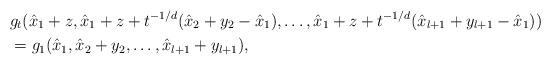
LaTeX: \begin{align*}& g_t(\hat{x}_1+z,\hat{x}_1+z+t^{-1/d}(\hat{x}_2+y_2-\hat{x}_1),\hdots,\hat{x}_1+z+t^{-1/d}(\hat{x}_{l+1}+y_{l+1}-\hat{x}_1))\\& =g_1(\hat{x}_1,\hat{x}_2+y_2,\hdots,\hat{x}_{l+1}+y_{l+1}),\end{align*}